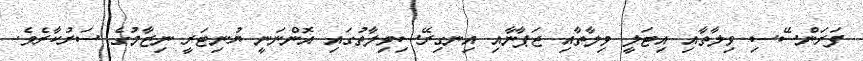
ފަރަންސޭސި ވިލާތާއި އިޓަލީ ވިލާތާއި ޖަޕާނާއި އިނގިރޭސިވިލާތުގައި އޮންނަނީ ޔުނިޓަރީ ނިޒާމުގެ ސަރުކާރެވެ.